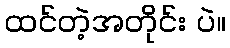
ထင်တဲ့အတိုင်း ပဲ။